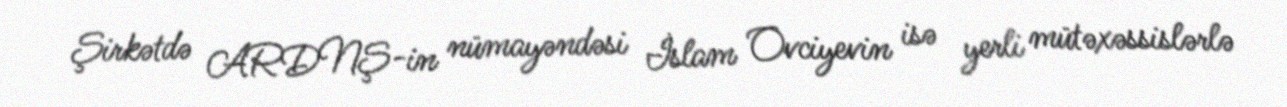
Şirkətdə ARDNŞ-in nümayəndəsi İslam Ovciyevin isə yerli mütəxəssislərlə